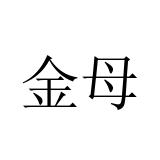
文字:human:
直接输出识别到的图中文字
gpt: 金母